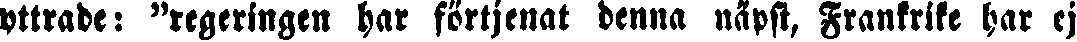
yttrade: "regeringen har förtjenat denna näpst, Frankrike har ej